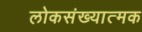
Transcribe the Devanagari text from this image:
लोकसंख्यात्मक